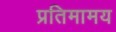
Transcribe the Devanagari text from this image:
प्रतिमामय